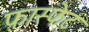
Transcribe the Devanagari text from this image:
फ़ास्फेट